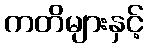
ကတိများနှင့်